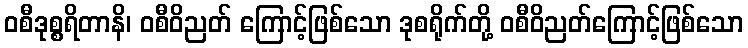
ဝစီဒုစ္စရိတာနိ၊ ဝစီဝိညတ် ကြောင့်ဖြစ်သော ဒုစရိုက်တို့ ဝစီဝိညတ်ကြောင့်ဖြစ်သော